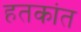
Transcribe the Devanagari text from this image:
हतकांत